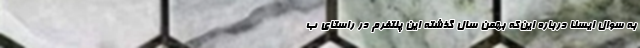
به سوال ایسنا درباره این‌که بهمن سال گذشته این پلتفرم در راستای ب